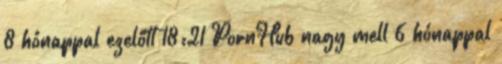
8 hónappal ezelőtt 18:21 PornHub nagy mell 6 hónappal